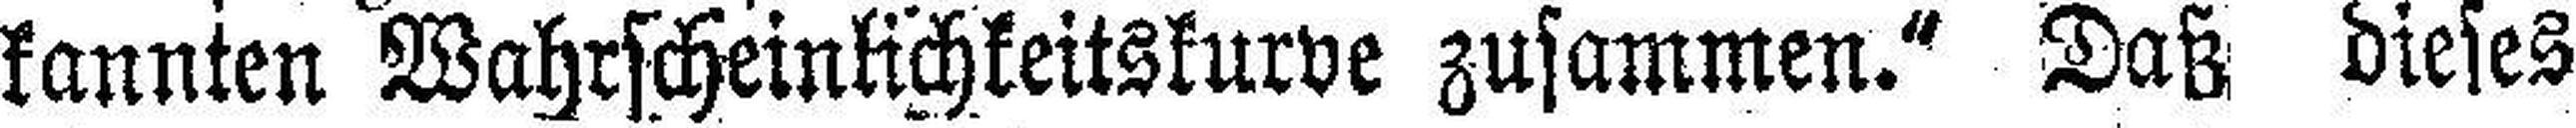
kannten Wahrscheinlichkeitskurve zusammen.“ Daß dieses